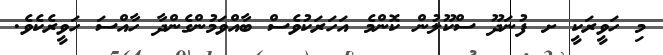
މި ހަވީރަކީ ށ ފުނަދޫ ސްކޫލުން ކޮންމެ އަހަރަކުވެސް ބާއްވަމުންގެންދާ ހާއްސަ ހަވީރެކެވެ.